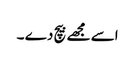
اسے مجھے بیچ دے ۔